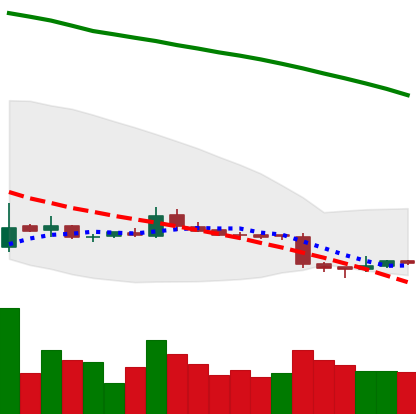
Ticker: ETC-USD
Chart end date: 2018-11-03
Forward return: 3.611%
Label: up_3_5